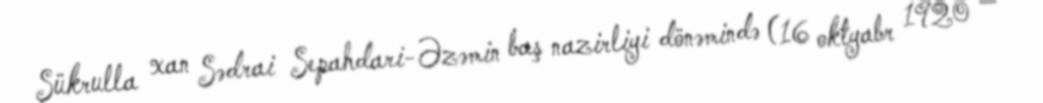
Şükrulla xan Sədrai Sepahdari-Əzəmin baş nazirliyi dönəmində (16 oktyabr 1920 —